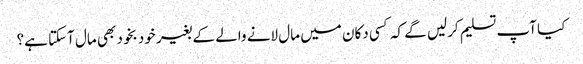
کیا آپ تسلیم کرلیں گے کہ کسی دکان میں مال لانے والے کے بغیر خود بخود بھی مال آسکتا ہے؟